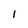
Character: 1